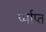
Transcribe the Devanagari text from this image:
र्प्याप्त